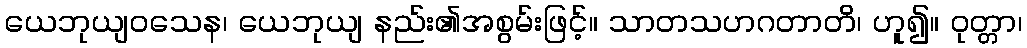
ယေဘုယျဝသေန၊ ယေဘုယျ နည်း၏အစွမ်းဖြင့်။ သာတသဟဂတာတိ၊ ဟူ၍။ ဝုတ္တာ၊